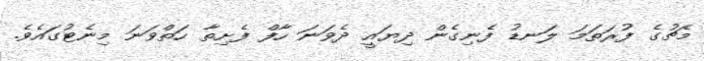
މެޗުގެ ފުރަތަމަ ލަނޑު ފެނިގެން ދިޔައީ ދެވަނަ ހާފް ފެށިތާ ހަތްވަނަ މިނެޓުގައެވެ.